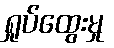
ရှုပ်ထွေးမှု